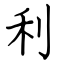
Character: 利